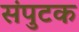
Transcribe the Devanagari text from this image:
संपुटक